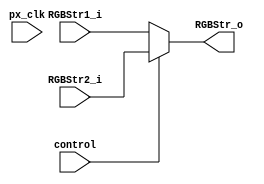
module PxsMux2 (
            input wire       px_clk,            // pixel clock
			input wire [25:0] RGBStr1_i,		// Input stream 1
			input wire [25:0] RGBStr2_i,		// Input stream 2		
			input wire control,					// strean selector
			output wire [25:0] RGBStr_o			// Otuput stream
         );
		 

assign RGBStr_o = control? RGBStr2_i:RGBStr1_i;

// always @(posedge px_clk)
// begin
	// RGBStr_o <= control? RGBStr2_i:RGBStr1_i;
// end

endmodule